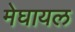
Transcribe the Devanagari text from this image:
मेघायल